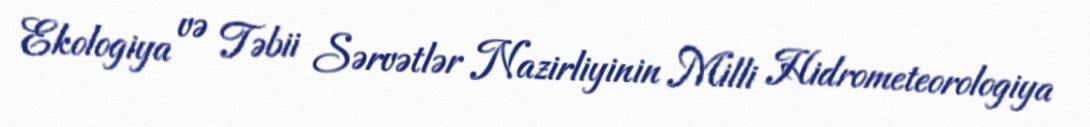
Ekologiya və Təbii Sərvətlər Nazirliyinin Milli Hidrometeorologiya